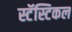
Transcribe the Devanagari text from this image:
स्टॅस्टिकल